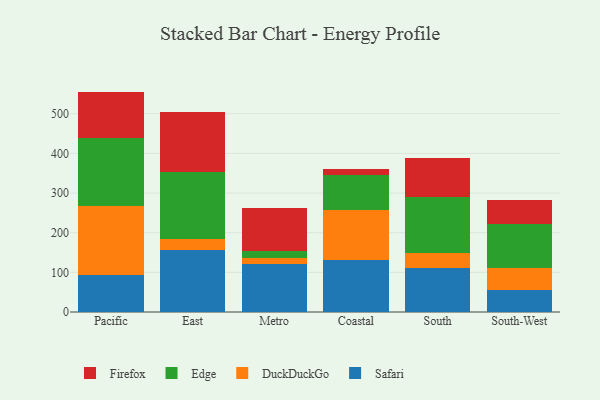
{"axis": {"x": "Region", "y": "Gross Profit (USD K)"}, "legend": ["DuckDuckGo", "Edge", "Firefox", "Safari"], "data": [{"x": "Pacific", "y": 94.2, "type": "Safari"}, {"x": "Pacific", "y": 173.0, "type": "DuckDuckGo"}, {"x": "Pacific", "y": 172.0, "type": "Edge"}, {"x": "Pacific", "y": 116.7, "type": "Firefox"}, {"x": "East", "y": 157.4, "type": "Safari"}, {"x": "East", "y": 25.5, "type": "DuckDuckGo"}, {"x": "East", "y": 170.9, "type": "Edge"}, {"x": "East", "y": 149.7, "type": "Firefox"}, {"x": "Metro", "y": 120.2, "type": "Safari"}, {"x": "Metro", "y": 15.4, "type": "DuckDuckGo"}, {"x": "Metro", "y": 19.2, "type": "Edge"}, {"x": "Metro", "y": 106.3, "type": "Firefox"}, {"x": "Coastal", "y": 132.2, "type": "Safari"}, {"x": "Coastal", "y": 125.5, "type": "DuckDuckGo"}, {"x": "Coastal", "y": 87.1, "type": "Edge"}, {"x": "Coastal", "y": 15.8, "type": "Firefox"}, {"x": "South", "y": 111.3, "type": "Safari"}, {"x": "South", "y": 37.2, "type": "DuckDuckGo"}, {"x": "South", "y": 141.8, "type": "Edge"}, {"x": "South", "y": 97.6, "type": "Firefox"}, {"x": "South-West", "y": 54.5, "type": "Safari"}, {"x": "South-West", "y": 55.9, "type": "DuckDuckGo"}, {"x": "South-West", "y": 110.9, "type": "Edge"}, {"x": "South-West", "y": 62.2, "type": "Firefox"}]}